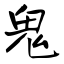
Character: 鬼